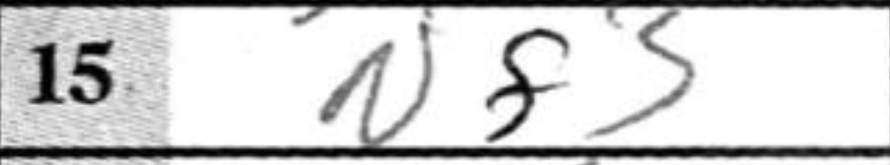
Transcription: Nf3